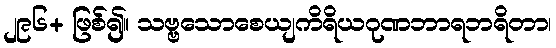
၂၉၆+ ဖြစ်၍။ သဗ္ဗသောစေယျကိရိယဂုဏဘာရဘရိတာ၊